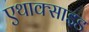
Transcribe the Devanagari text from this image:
एथाक्साइड